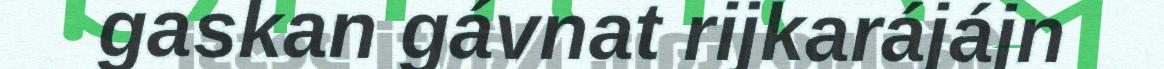
gaskan gávnat rijkarájájn